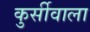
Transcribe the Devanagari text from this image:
कुर्सीवाला